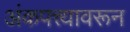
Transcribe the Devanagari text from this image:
अंकपत्त्यावरून